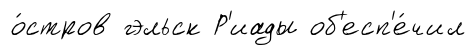
о́стров гэльск Р'иады об'есп'е́чил